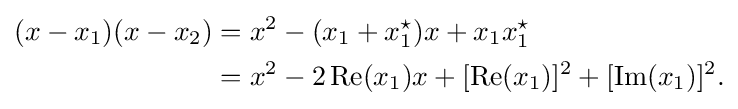
{\begin{aligned}(x-x_{1})(x-x_{2})&=x^{2}-(x_{1}+x_{1}^{\star })x+x_{1}x_{1}^{\star }\\&=x^{2}-2\operatorname {Re} (x_{1})x+[\operatorname {Re} (x_{1})]^{2}+[\operatorname {Im} (x_{1})]^{2}.\end{aligned}}